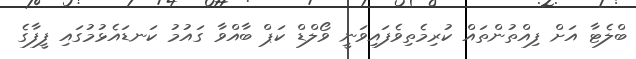
ބްލެޓާ އަށް ފިއްތުންތައް ކުރިމެތިވެފައިވަނީ ވޯލްޑް ކަޕް ބާއްވާ ގައުމު ކަނޑައެޅުމުގައި ފީފާގެ